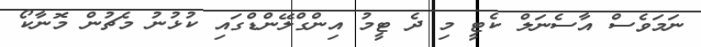
ނަމަވެސް އާސެނަލް ކެޓީ މި ދެ ޓީމު އިންގްލޭންޑްގައި ކުޅުނު މެޗުން މޮނާކޯ